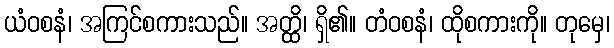
ယံဝစနံ၊ အကြင်စကားသည်။ အတ္ထိ၊ ရှိ၏။ တံဝစနံ၊ ထိုစကားကို။ တုမှေ၊